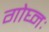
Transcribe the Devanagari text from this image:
गोघ्नः